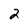
Character: 2